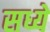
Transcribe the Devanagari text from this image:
सध्ये